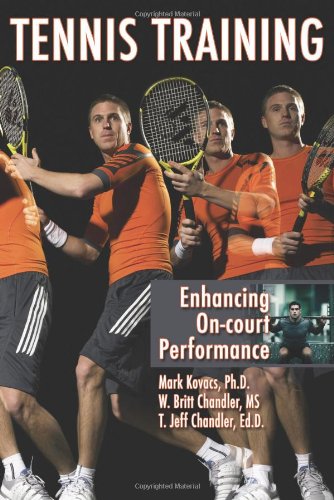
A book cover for Tennis Training: Enhancing On-court Performance; Mark Kovacs PhD; Sports & Outdoors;